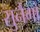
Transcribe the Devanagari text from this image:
सुनैगो